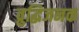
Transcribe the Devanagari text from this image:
व्रुद्धिजनक